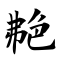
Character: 艴